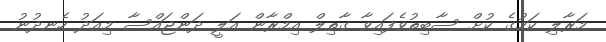
މަރާލި ކަމުގެ ކުށް ސާބިތުވެފައިވާ ގާތިލް އިމްރާން އަލީ ދަންޖައްސާ މިއަދު ހެނދުނު